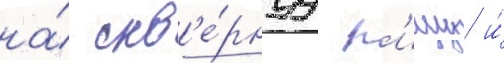
на́ скв'е́рнуу п'ищу и́